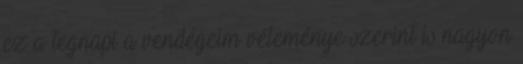
ez a tegnapi a vendégeim véleménye szerint is nagyon